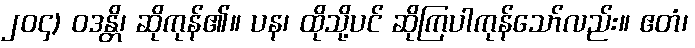
၂၀၄) ဝဒန္တိ၊ ဆိုကုန်၏။ ပန၊ ထိုသို့ပင် ဆိုကြပါကုန်သော်လည်း။ ဧတံ၊